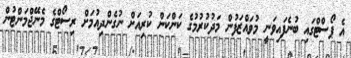
އެ ޕޯސްޓްގައި ބުނެފައިވަނީ މުވައްޒަފުން މަދުކުރުމުގެ ކަންކަން ކުރިއަށް ނުގެންދިއުމަށް ރިސޯޓްގެ މެނޭޖްމަންޓުން